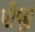
પીજી